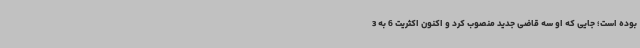
بوده است؛ جایی که او سه قاضی جدید منصوب کرد و اکنون اکثریت 6 به 3